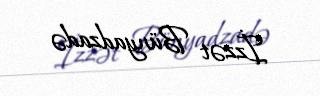
İzzət Bünyadzadə